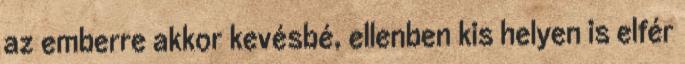
az emberre akkor kevésbé, ellenben kis helyen is elfér